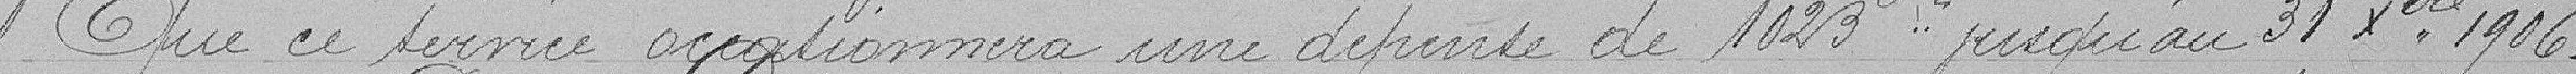
Que ce service occasionnera une dépense de 1 023 Francs jusqu'au 31 décembre 1906.